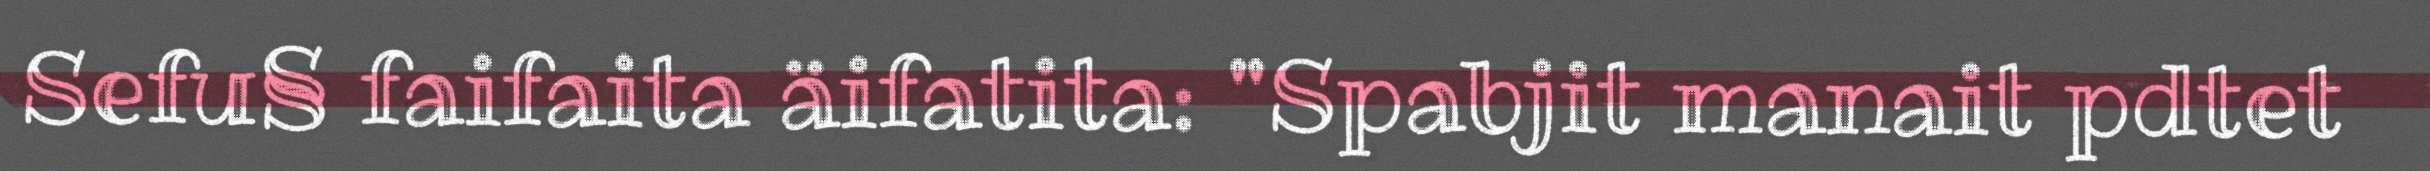
Sefu§ faifaita äifatita: "Spabjit manait pdtet